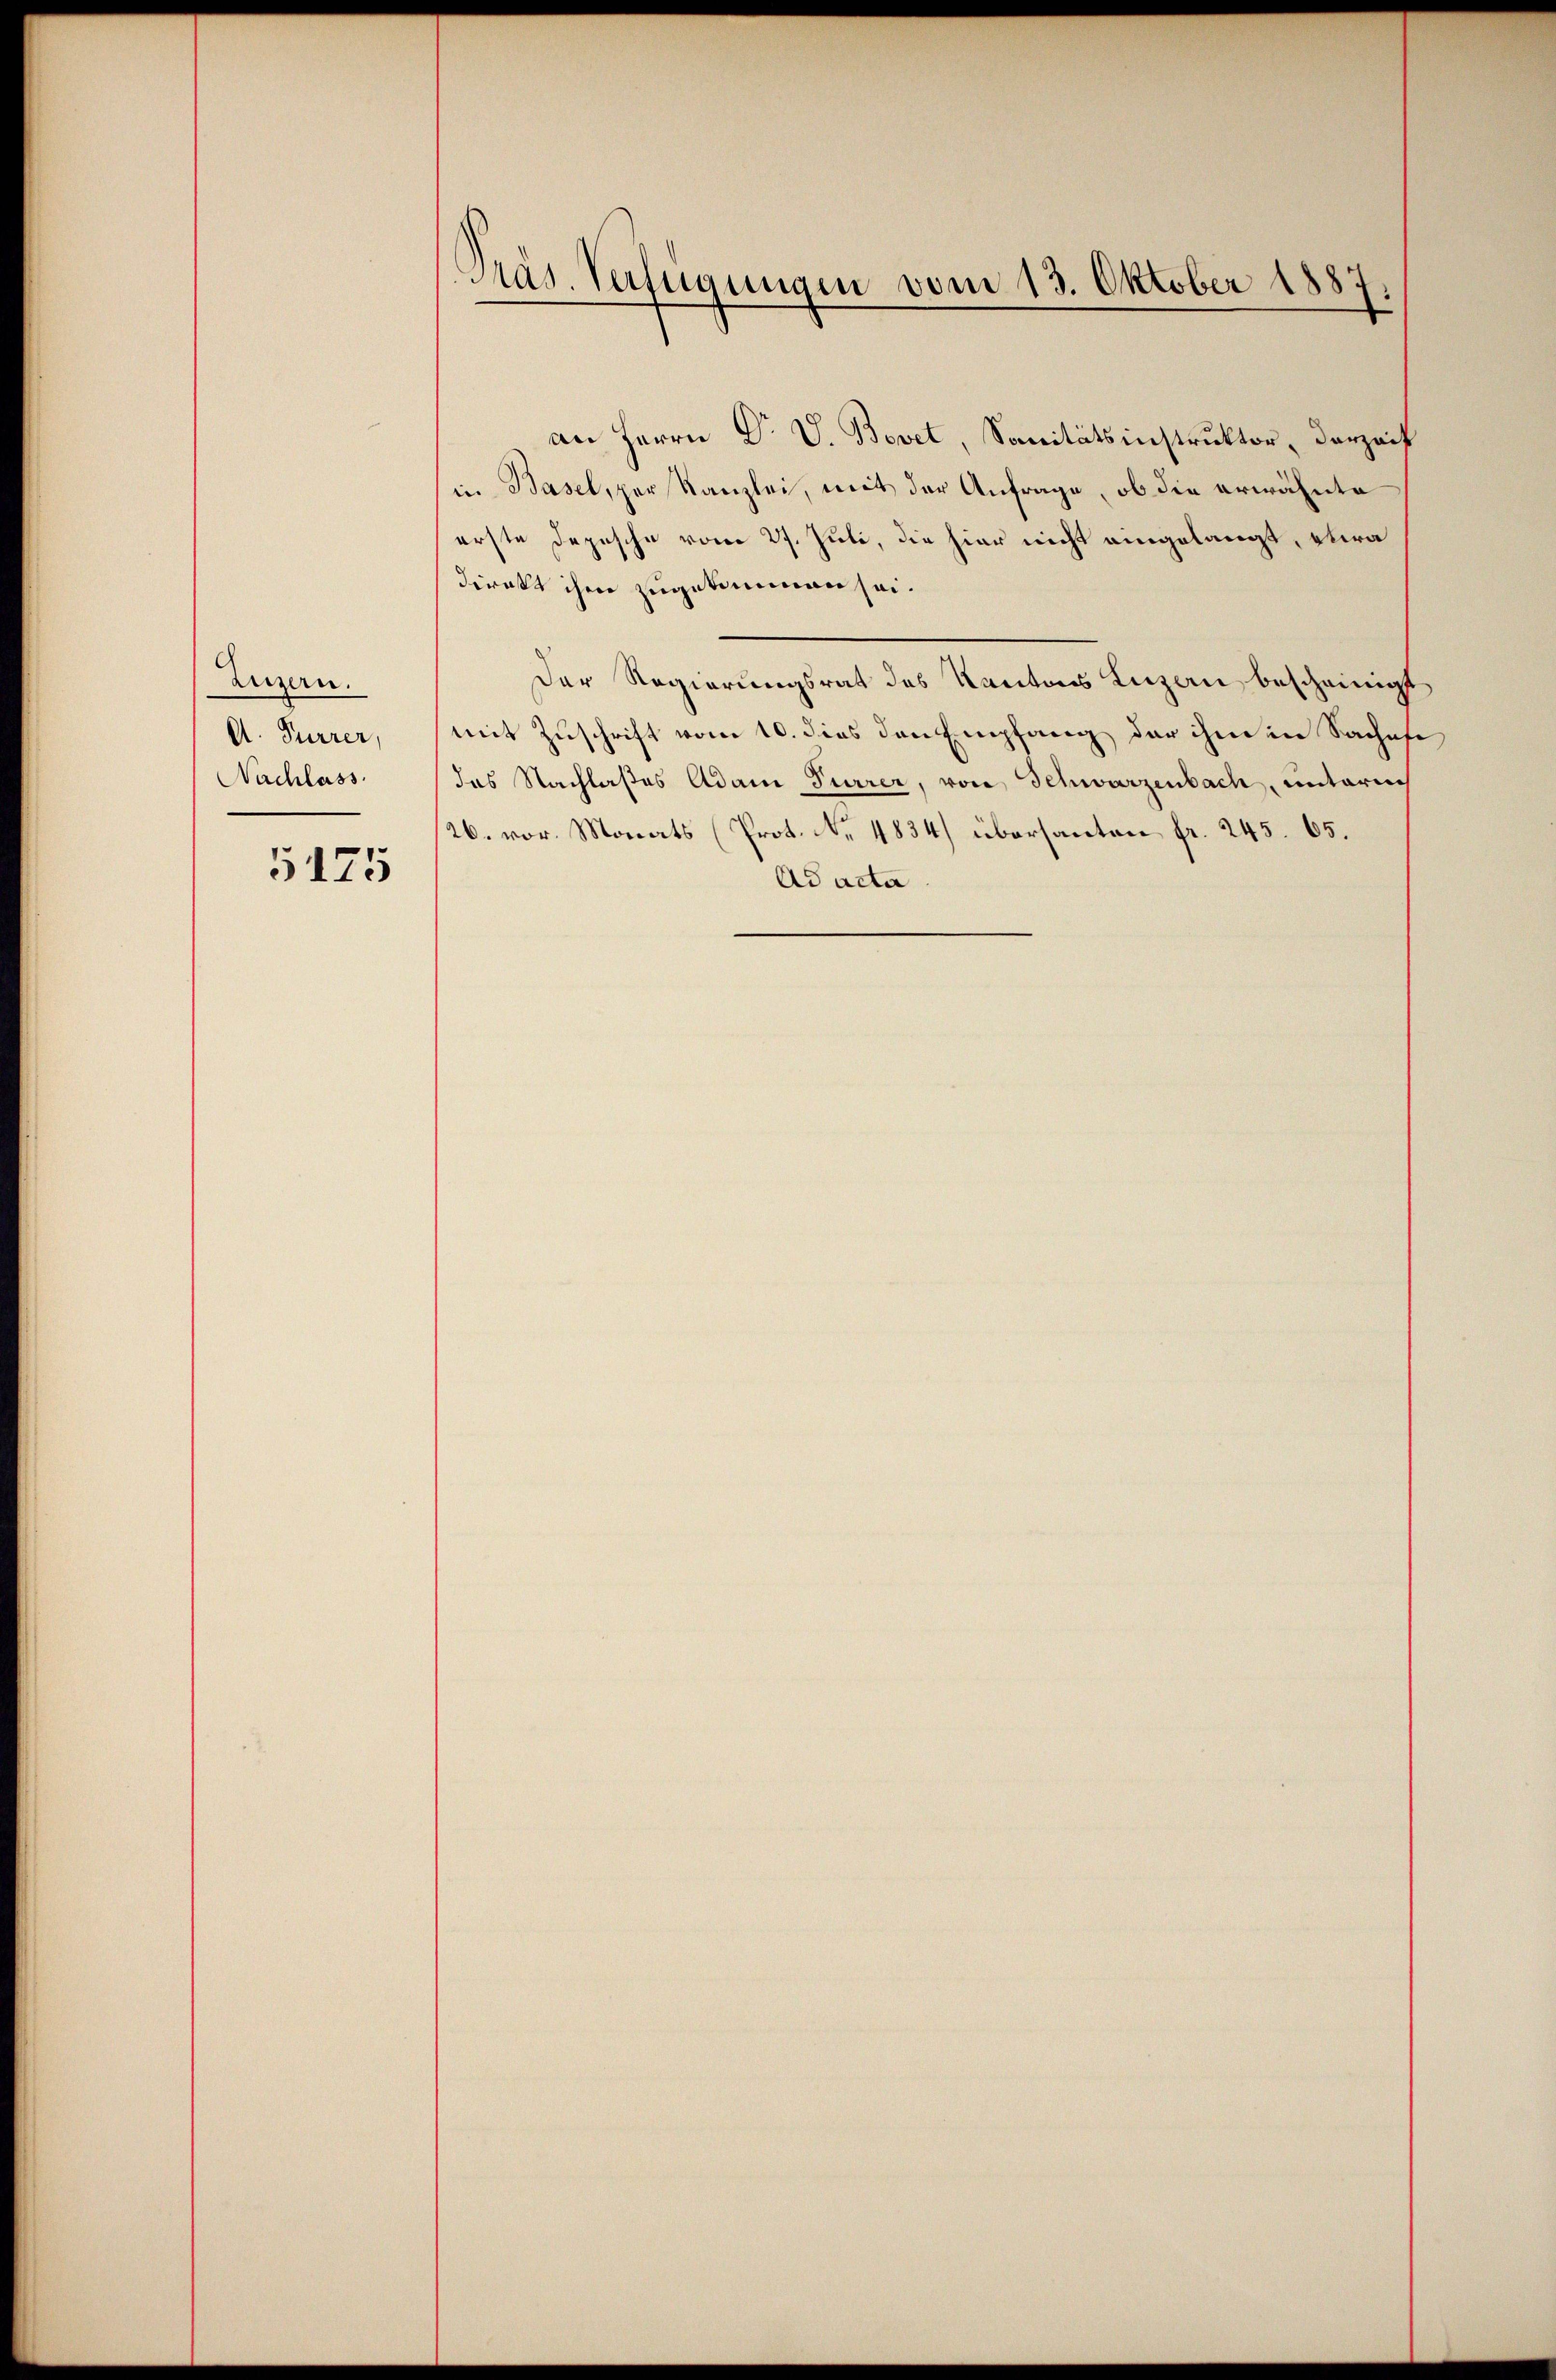
Luzern.
A. Furrer,
Nachlass

5125

Präs. Verfügungen vom 13. Oktober 1887.

an Herrn Dr. V. Bovet, Sanitätsinstruktor, derzeit
in Basel, per Kanzlei, mit der Anfrage, ob die erwähnte
erste Depesche vom 27. Juli, die hier nicht eingelangt, etwa
direkt ihm zugekommen sei.
Der Regierungsrat des Kantons Luzern bescheinigt
mit Zuschrift vom 10. dies den Empfang der ihm in Sachofe
das Nachlaßes Adam Furrer, von Schwarzenbach, unterrich
26. vor. Monats (Prot. No. 4834) übersanten fr. 245. 65.
Ad acta